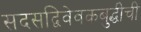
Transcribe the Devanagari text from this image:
सदसद्विवेवकबुद्धीची